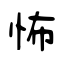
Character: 怖